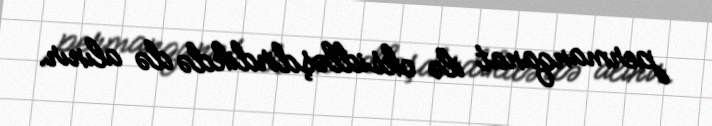
permanqanat ilə oksidləşdirdikdə də alınır.